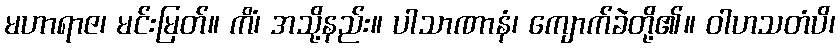
မဟာရာဇ၊ မင်းမြတ်။ ကိံ၊ အသို့နည်း။ ပါသာဏာနံ၊ ကျောက်ခဲတို့၏။ ဝါဟသတံပိ၊